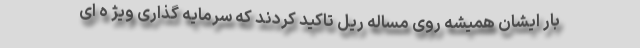
بار ایشان همیشه روی مساله ریل تاکید کردند که سرمایه گذاری ویژ ه ای